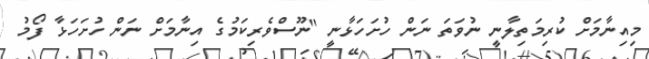
މިއިނާމަށް ކުރިމަތިލާނީ ނުވަތަ ނަން ހުށަހަޅާނީ "ނޫސްވެރިކަމުގެ އިނާމަށް ނަން ހުށަހަޅާ ފޯމު